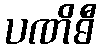
ပဏိဓီ